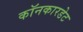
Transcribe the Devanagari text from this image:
कॉनकारडेट